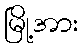
မြို့အား